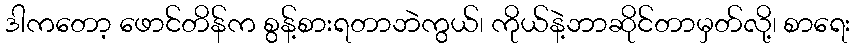
ဒါကတော့ ဖောင်တိန်က စွန့်စားရတာဘဲကွယ်၊ ကိုယ်နဲ့ဘာဆိုင်တာမှတ်လို့၊ စာရေး